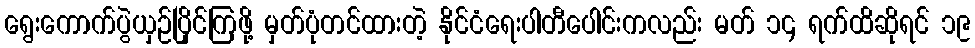
ရွေးကောက်ပွဲယှဉ်ပြိုင်ကြဖို့ မှတ်ပုံတင်ထားတဲ့ နိုင်ငံရေးပါတီပေါင်းကလည်း မတ် ၁၄ ရက်ထိဆိုရင် ၁၉